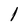
Character: l